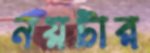
নয়টার